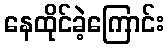
နေထိုင်ခဲ့ကြောင်း